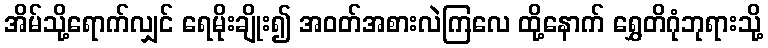
အိမ်သို့ရောက်လျှင် ရေမိုးချိုး၍ အဝတ်အစားလဲကြလေ ထို့နောက် ရွှေတိဂုံဘုရားသို့